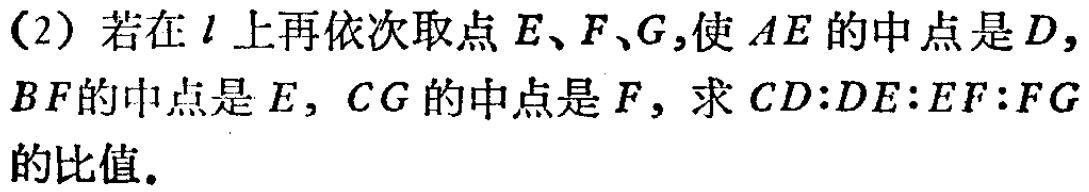
(2) 若在\(l\)上再依次取点\(E、F、G\)，使 \(AE\)的中点是\(D\)，\(BF\)的中点是\(E\)，\(CG\)的中点是\(F\)，求 \(CD:DE:EF:FG\)的比值。